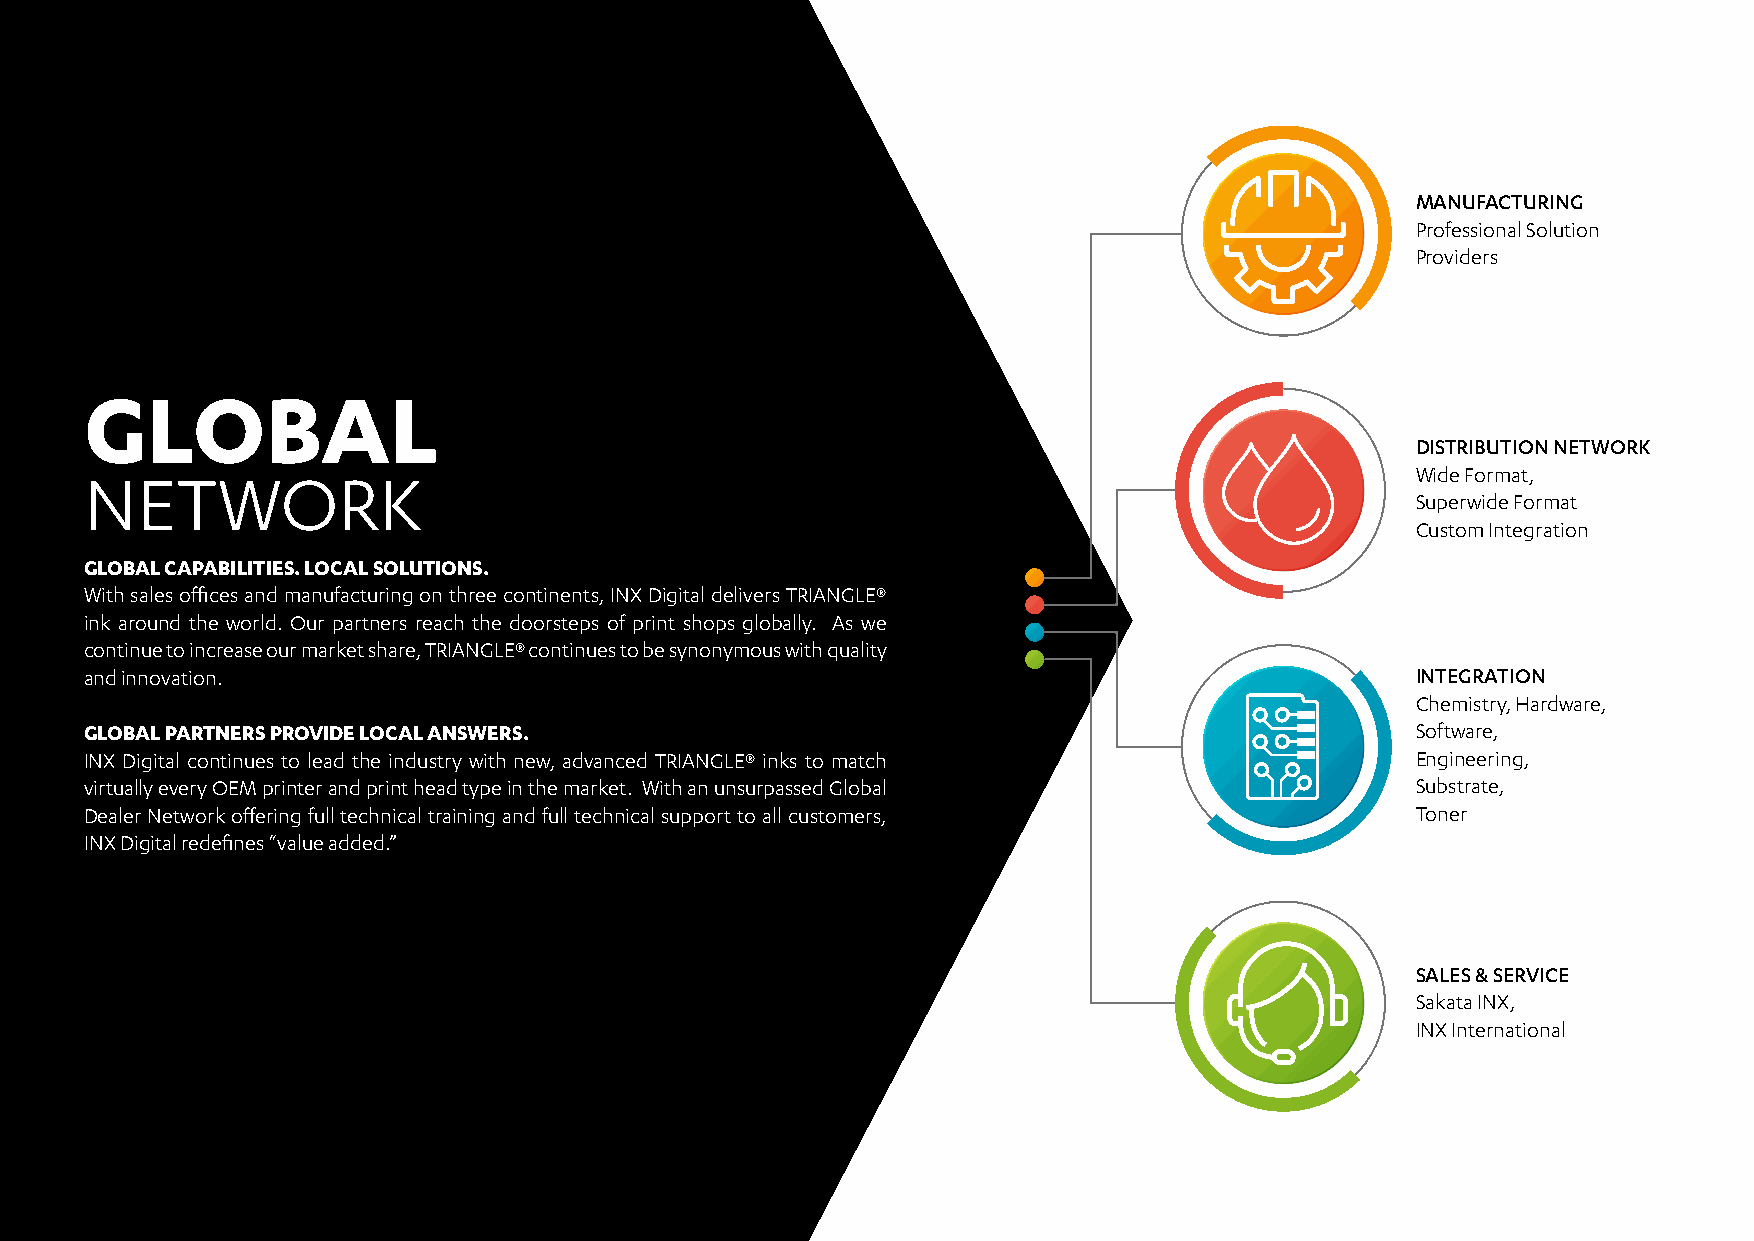
MANUFACTURING
 Professional Solution
 Providers
 GLOBAL
 DISTRIBUTION NETWORK
 NETWORK                                                                                 Wide Format,
 Superwide Format
 Custom Integration
 GLOBAL CAPABILITIES. LOCAL SOLUTIONS.
 With sales offices and manufacturing on three continents, INX Digital delivers TRIANGLE®
 ink around the world. Our partners reach the doorsteps of print shops globally. As we
 continue to increase our market share, TRIANGLE® continues to be synonymous with quality
 and innovation.                                                                         INTEGRATION
 Chemistry, Hardware,
 GLOBAL PARTNERS PROVIDE LOCAL ANSWERS.                                                  Software,
 INX Digital continues to lead the industry with new, advanced TRIANGLE® inks to match   Engineering,
 virtually every OEM printer and print head type in the market. With an unsurpassed Global Substrate,
 Dealer Network offering full technical training and full technical support to all customers, Toner
 INX Digital redefines “value added.”
 SALES & SERVICE
 Sakata INX,
 INX International